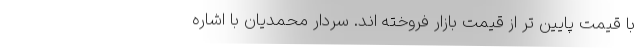
با قیمت پایین تر از قیمت بازار فروخته اند. سردار محمدیان با اشاره